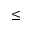
\leq